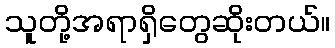
သူတို့အရာရှိတွေဆိုးတယ်။